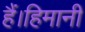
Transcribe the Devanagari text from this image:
हैं।हिमानी